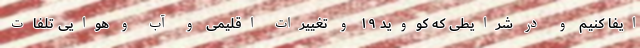
ایفا کنیم و در شرایطی که کووید ۱۹ و تغییرات اقلیمی و آب و هوایی تلفات